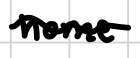
Text: home
Cross-out: wave
Writing tool: digital_black